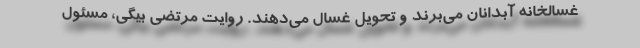
غسالخانه آبدانان می‌برند و تحویل غسال می‌دهند. روایت مرتضی بیگی، مسئول